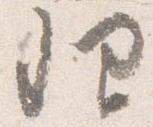
理